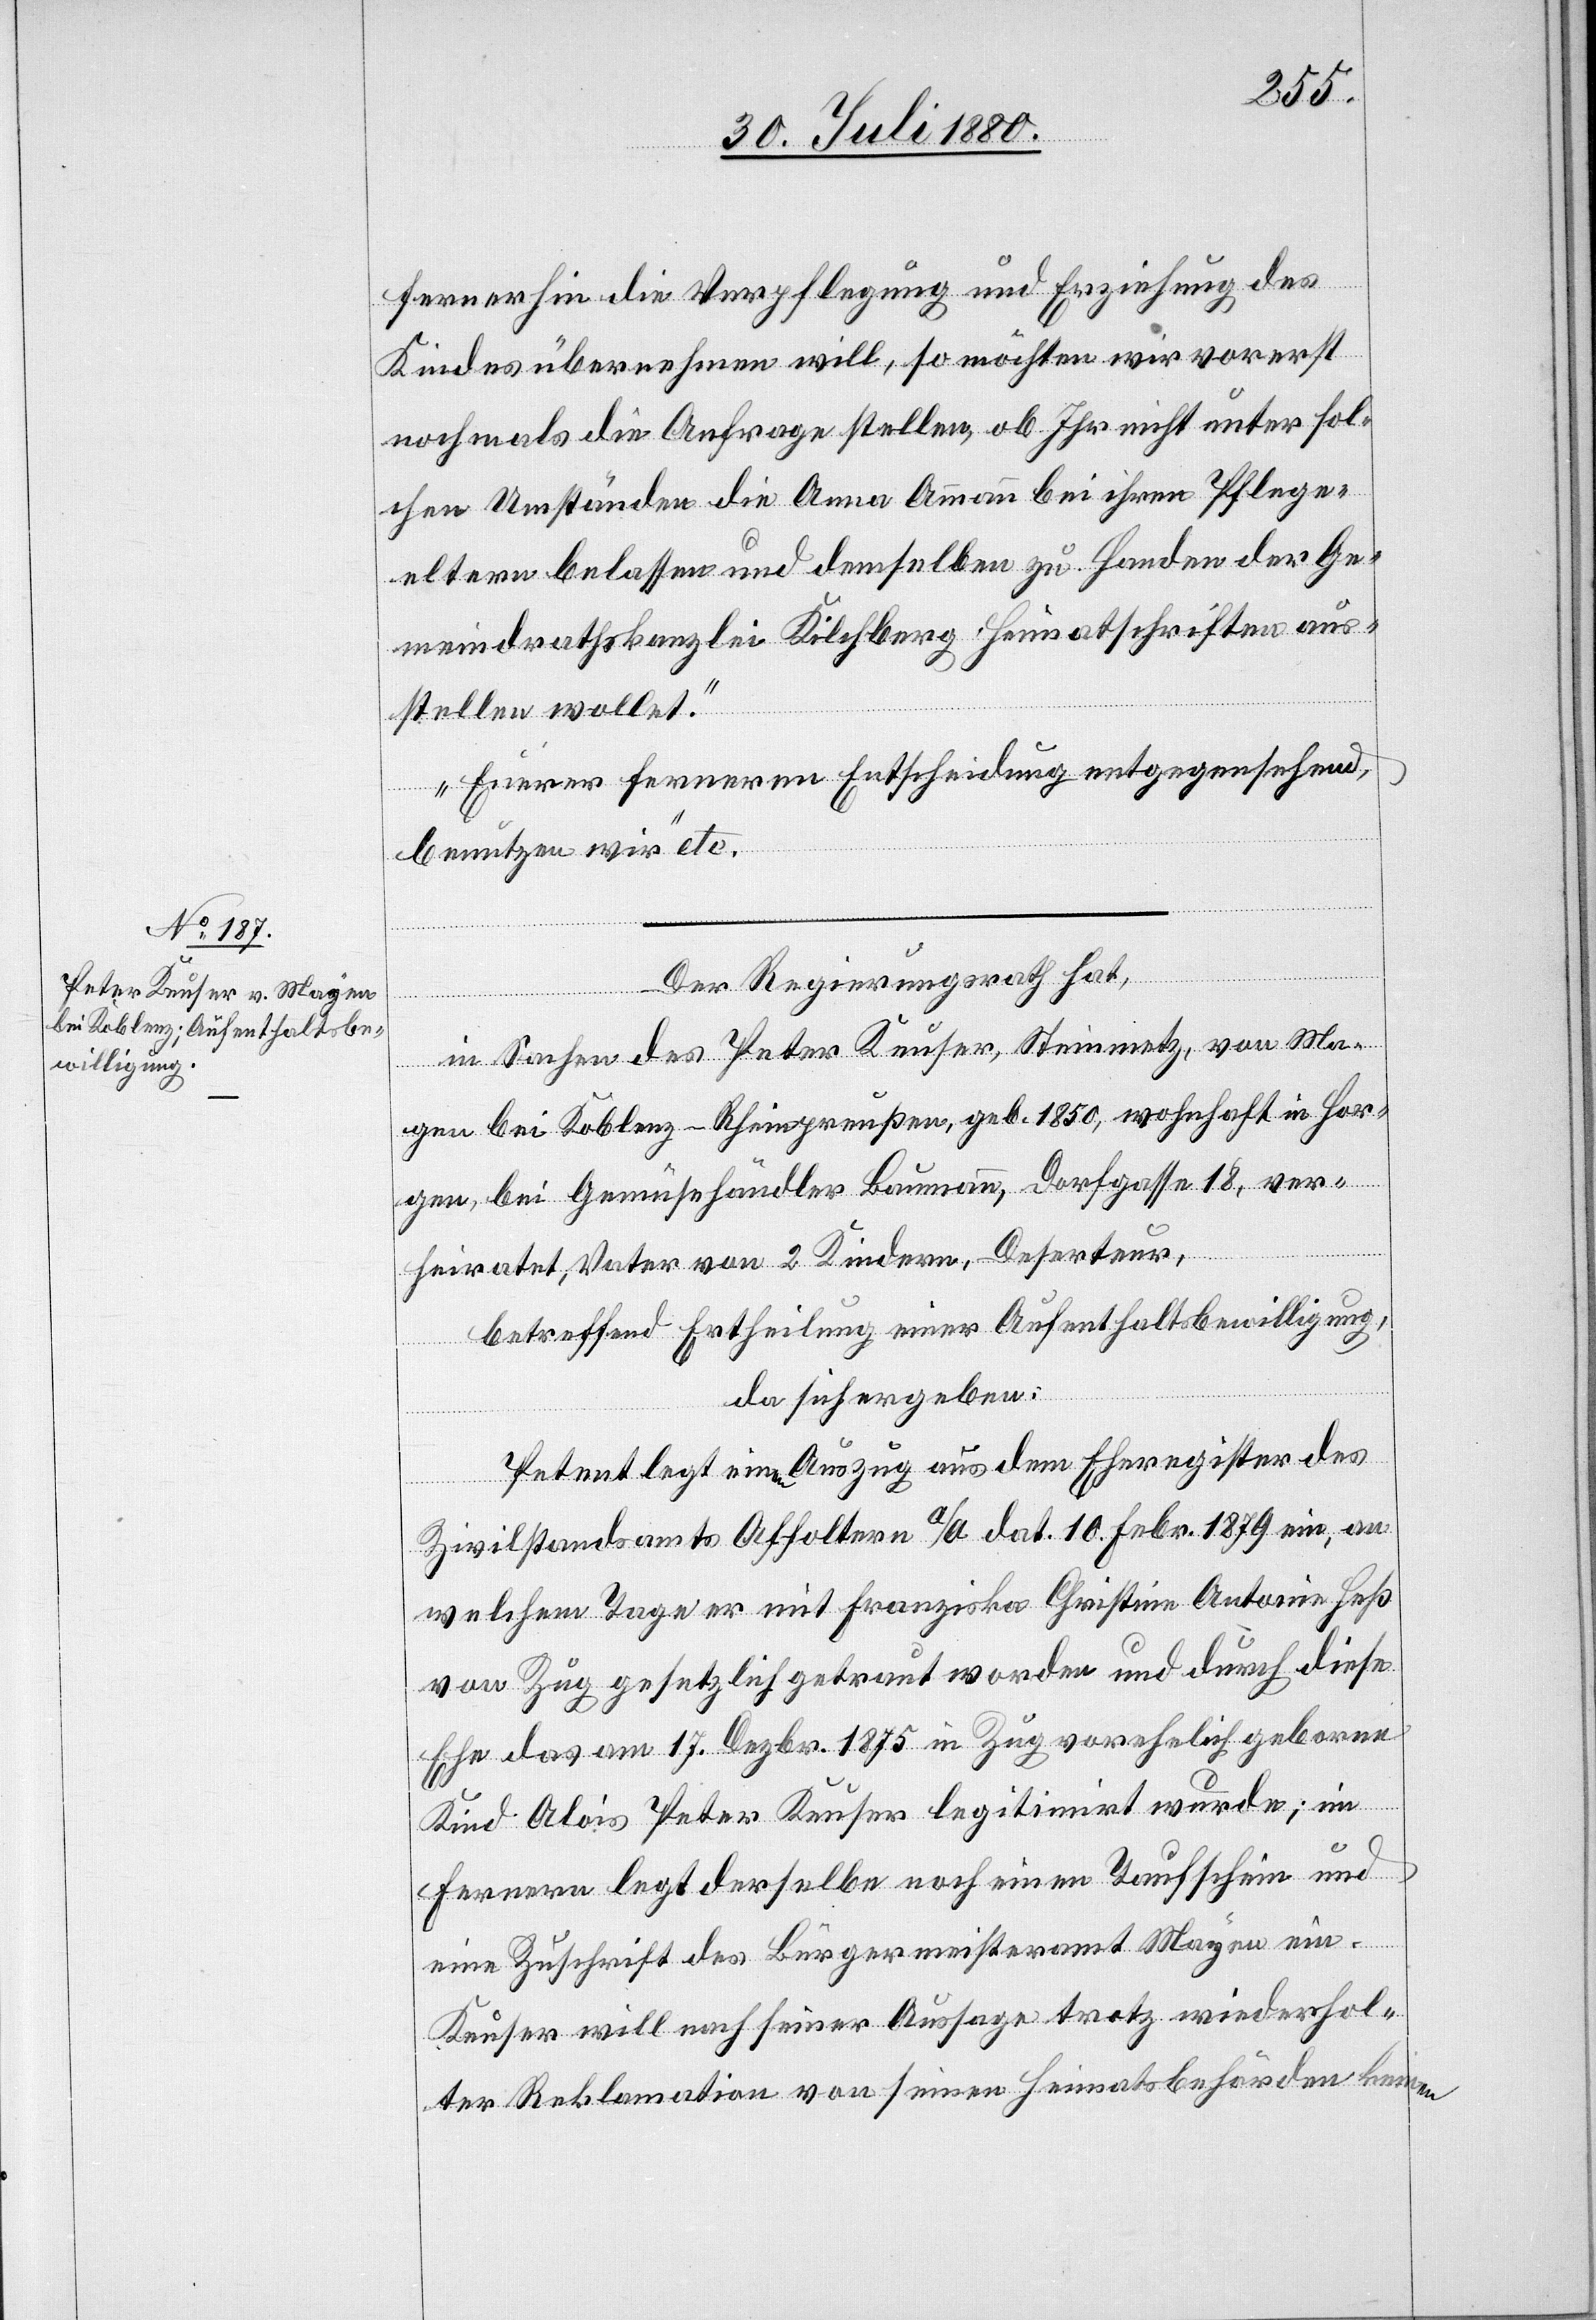
fernerhin die Verpflegung und Erziehung des
Kindes übernehmen will, so möchten wir vorerst
nochmals die Anfrage stellen, ob Ihr nicht unter sol¬
chen Umständen die Anna Ammann bei ihren Pflege¬
eltern belassen und demselben zu Handen der Ge¬
meindrathskanzlei Kilchberg Heimatschriften aus¬
stellen wollet.
Euerer ferneren Entscheidung entgegensehend,
benützen wir“ etc.
Der Regierungsrath hat,
in Sachen des Peter Keuser, Steinmetz, von Ma¬
[s¬
ic!] bei Koblenz - Rheinpreußen, geb. 1850, wohnhaft in Hor¬
gen, bei Gemüsehändler Baumann, Dorfgasse 18, ver¬
heiratet, Vater von 2 Kindern, Deserteur,
betreffend Ertheilung einer Aufenthaltsbewilligung,
gen
da sich ergeben:
Petent legt einen Auszug aus dem Eheregister des
Zivilstandsamts Affoltern a/a dat. 10. Febr. 1879 ein, an
welchem Tage er mit Franziska Christine Antonie Heß
von Zug gesetzlich getraut worden und durch diese
Ehe das am 17. Dezbr. 1875 in Zug vorehelich geborene
Kind Alois Peter Keuser legitimirt wurde; im
Fernern legt derselbe noch einen Taufschein und
eine Zuschrift des Bürgermeisteramtes Mayen ein.
Keuser will nach seiner Aussage trotz wiederhol¬
ter Reklamation von seinen Heimatsbehörden keinen